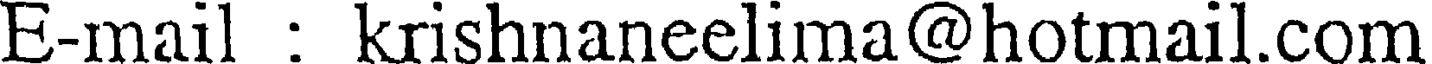
E-mail : krishnaneelima@hotmail.com